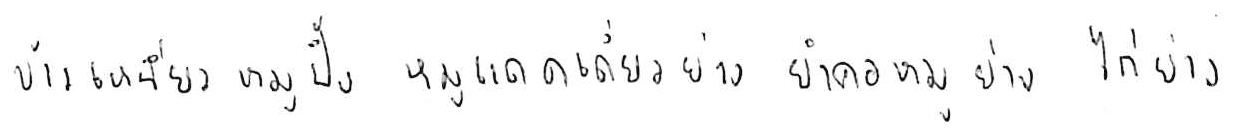
ข้าวเหนียวหมูปิ้ง หมูแดดเดียวย่าง ยำคอหมูย่าง ไก่ย่าง